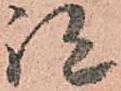
跡